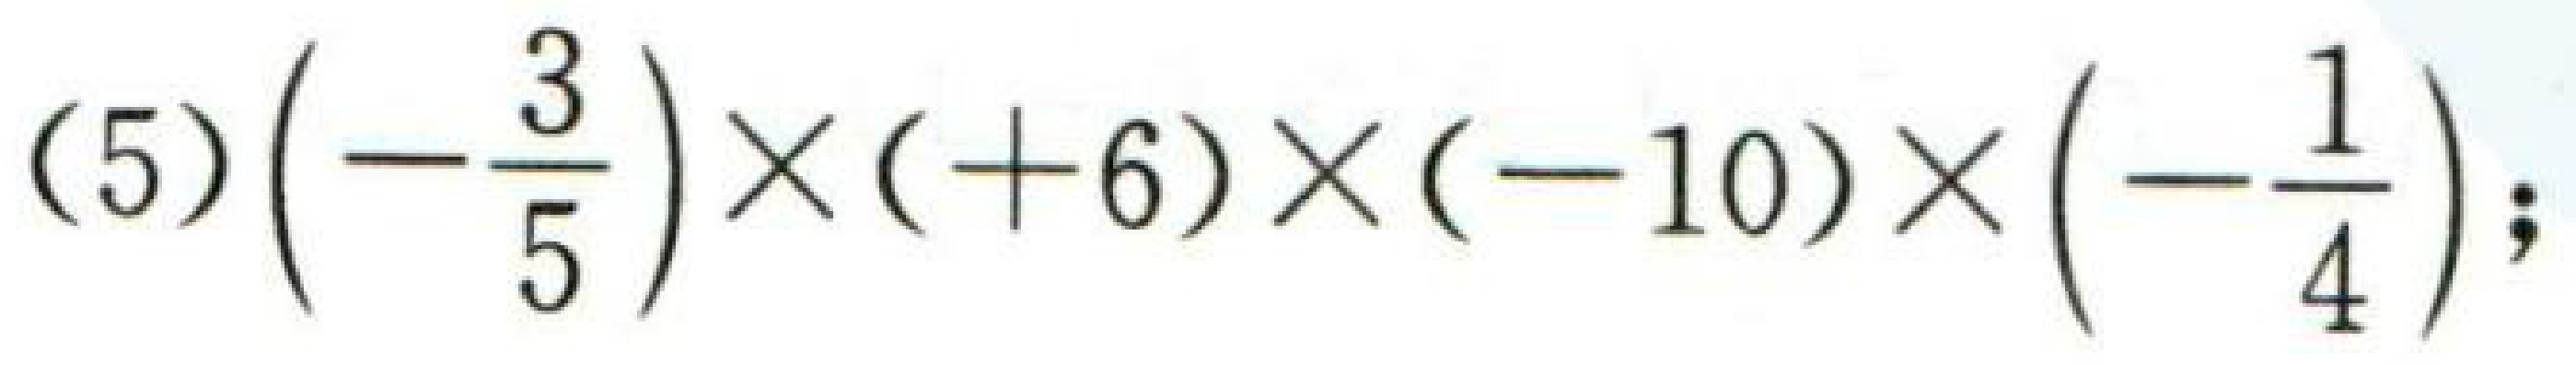
(5)\(\left(-\dfrac{3}{5}\right)\times( + 6)\times(-10)\times\left(-\dfrac{1}{4}\right);\)